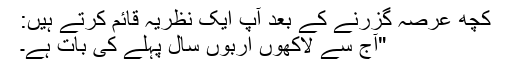
کچھ عرصہ گزرنے کے بعد آپ ایک نظریہ قائم کرتے ہیں:
"آج سے لاکھوں اربوں سال پہلے کی بات ہے۔